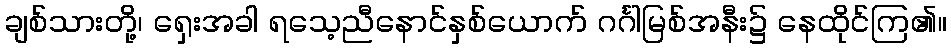
ချစ်သားတို့၊ ရှေးအခါ ရသေ့ညီနောင်နှစ်ယောက် ဂင်္ဂါမြစ်အနီး၌ နေထိုင်ကြ၏။